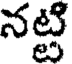
నట్టి